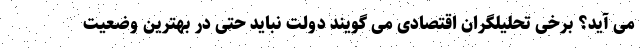
می آید؟ برخی تحلیلگران اقتصادی می گویند دولت نباید حتی در بهترین وضعیت